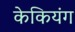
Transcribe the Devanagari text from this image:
केकियंग